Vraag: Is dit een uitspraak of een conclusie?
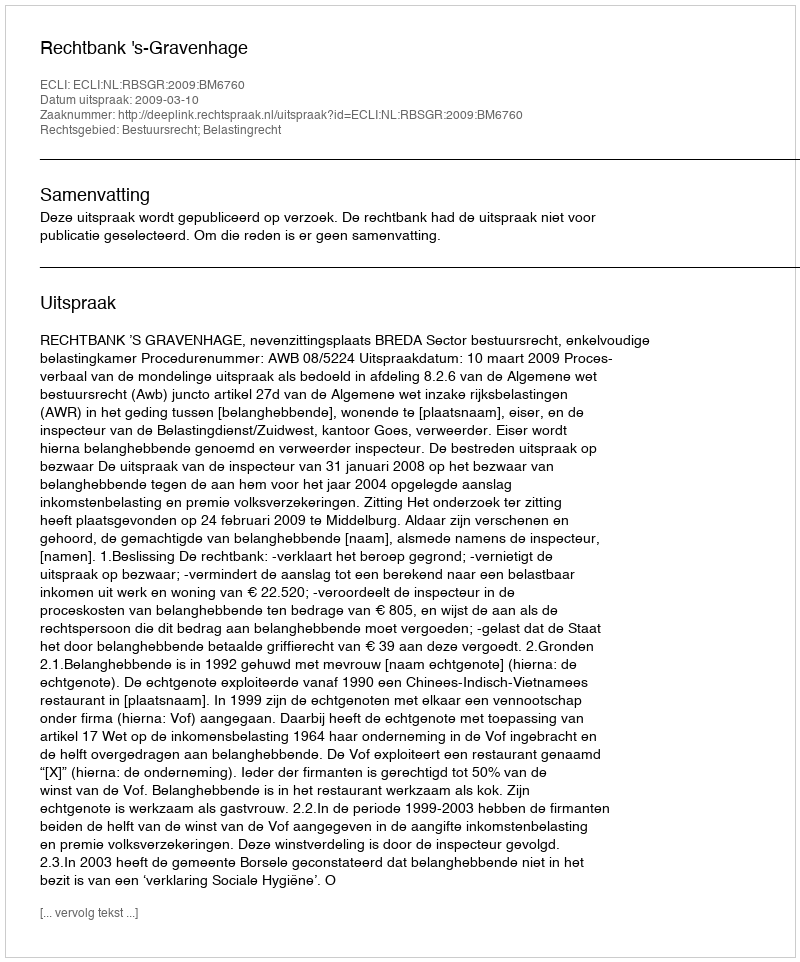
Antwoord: Uitspraak